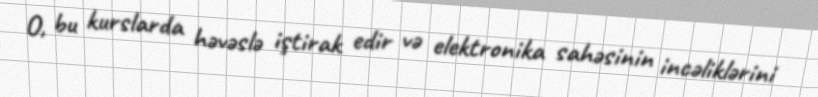
O, bu kurslarda həvəslə iştirak edir və elektronika sahəsinin incəliklərini